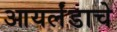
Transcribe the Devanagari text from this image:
आयर्लंडाचे